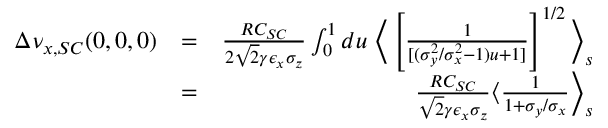
\begin{array} { r l r } { \Delta \nu _ { x , S C } ( 0 , 0 , 0 ) } & { = } & { \frac { R C _ { S C } } { 2 \sqrt { 2 } \gamma \epsilon _ { x } \sigma _ { z } } \int _ { 0 } ^ { 1 } d u \; \Big \langle \left[ \frac { 1 } { [ ( \sigma _ { y } ^ { 2 } / \sigma _ { x } ^ { 2 } - 1 ) u + 1 ] } \right] ^ { 1 / 2 } \Big \rangle _ { s } } \\ & { = } & { \frac { R C _ { S C } } { \sqrt { 2 } \gamma \epsilon _ { x } \sigma _ { z } } \langle \frac { 1 } { 1 + \sigma _ { y } / \sigma _ { x } } \Big \rangle _ { s } } \end{array}